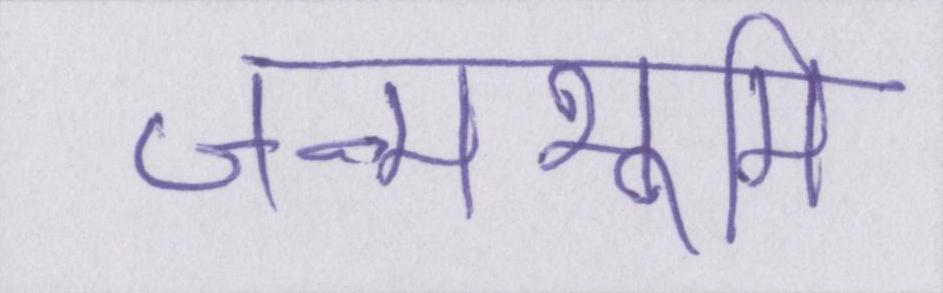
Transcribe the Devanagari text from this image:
जन्मभूमि